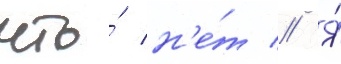
что́ н'е́т // Я́